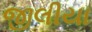
જીલીયા